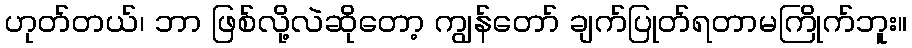
ဟုတ်တယ်၊ ဘာ ဖြစ်လို့လဲဆိုတော့ ကျွန်တော် ချက်ပြုတ်ရတာမကြိုက်ဘူး။